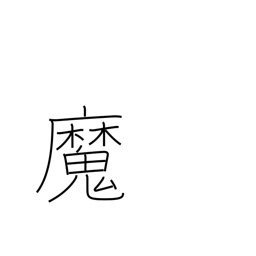
Meaning: witch